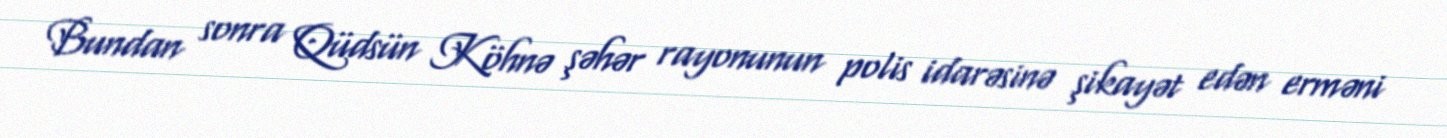
Bundan sonra Qüdsün Köhnə şəhər rayonunun polis idarəsinə şikayət edən erməni